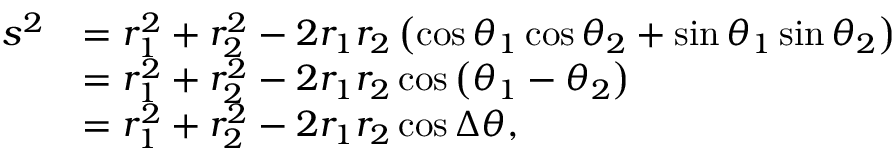
{ \begin{array} { r l } { s ^ { 2 } } & { = r _ { 1 } ^ { 2 } + r _ { 2 } ^ { 2 } - 2 r _ { 1 } r _ { 2 } \left( \cos \theta _ { 1 } \cos \theta _ { 2 } + \sin \theta _ { 1 } \sin \theta _ { 2 } \right) } \\ & { = r _ { 1 } ^ { 2 } + r _ { 2 } ^ { 2 } - 2 r _ { 1 } r _ { 2 } \cos \left( \theta _ { 1 } - \theta _ { 2 } \right) } \\ & { = r _ { 1 } ^ { 2 } + r _ { 2 } ^ { 2 } - 2 r _ { 1 } r _ { 2 } \cos \Delta \theta , } \end{array} }